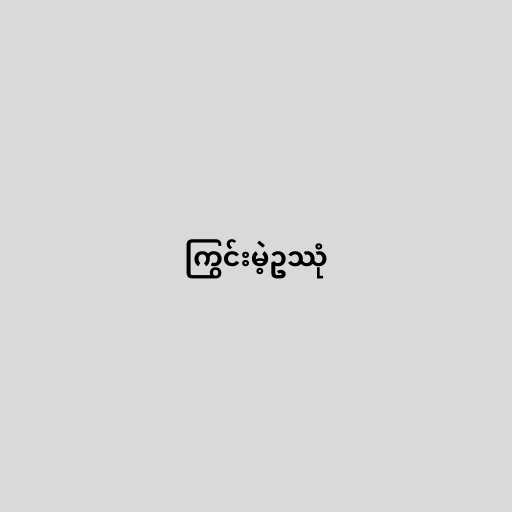
ကြွင်းမဲ့ဥဿုံ